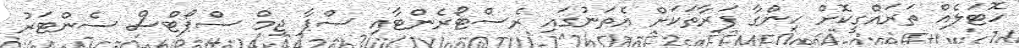
ހޮޓަލެއް ތަރައްގީކޮށް ހިންގާ ފަރާތަކަށް އެތަނުގައި ރެސްޓޯރެންޓާއި ސްޕާ ޖިމް ސްޕޯޓްސް ސެންޓަރު